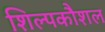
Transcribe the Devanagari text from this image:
शिल्पकौशल